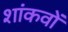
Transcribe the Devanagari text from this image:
शांकवों